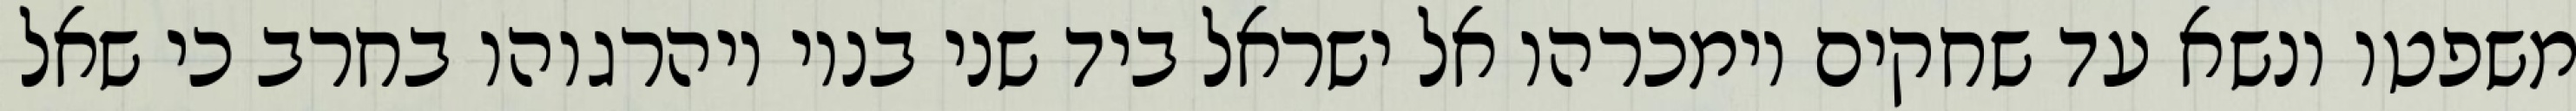
משפטו ונשא עד שחקים וימכרהו אל ישראל ביד שני בניו ויהרגוהו בחרב כי שאל